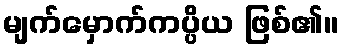
မျက်မှောက်ကပ္ပိယ ဖြစ်၏။